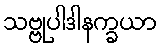
သဗ္ဗုပါဒါနက္ခယာ